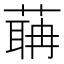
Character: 䔜